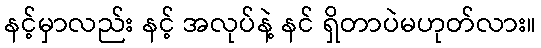
နင့်မှာလည်း နင့် အလုပ်နဲ့ နင် ရှိတာပဲမဟုတ်လား။